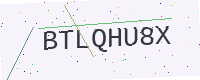
Text: BTLQHU8X